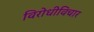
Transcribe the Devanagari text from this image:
विरोधीविचार